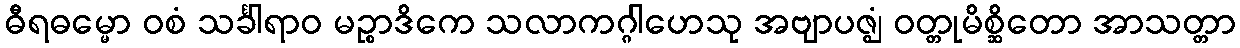
ဓီရဓမ္မော ဝစံ သင်္ခါရာဝ မဉ္စာဒိကေ သလာကဂ္ဂါဟေသု အဗျာပဇ္ဈံ ဝတ္တုမိစ္ဆိတော အာသတ္တာ